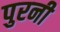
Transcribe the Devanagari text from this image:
पुरनी